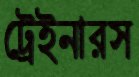
ট্রেইনারস